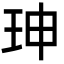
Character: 珅